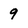
Character: 9